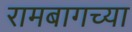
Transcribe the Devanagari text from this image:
रामबागच्या